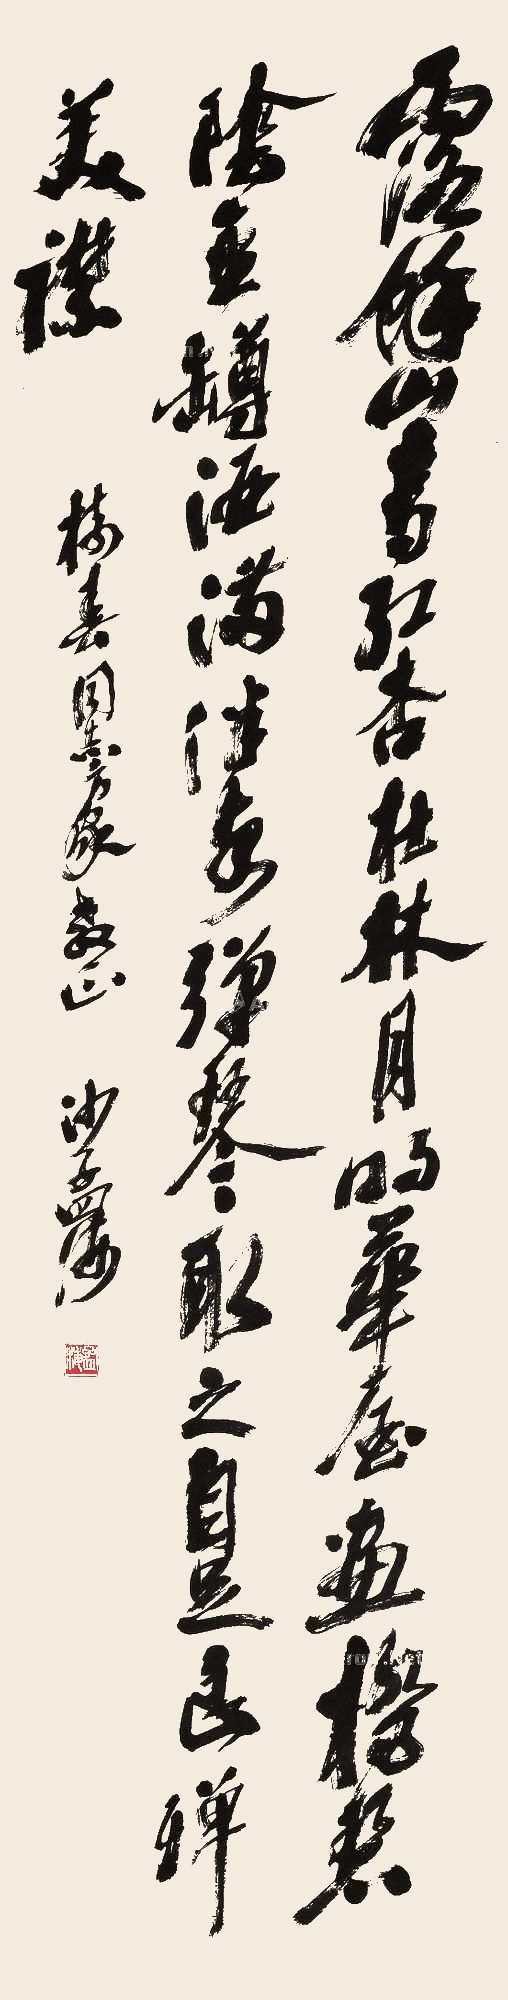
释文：露余山青，红杏在林。月明华屋，画桥碧阴。金樽酒满，共客弹琴。取之自足，良殚美襟。楼春同志方家教正，沙孟海。